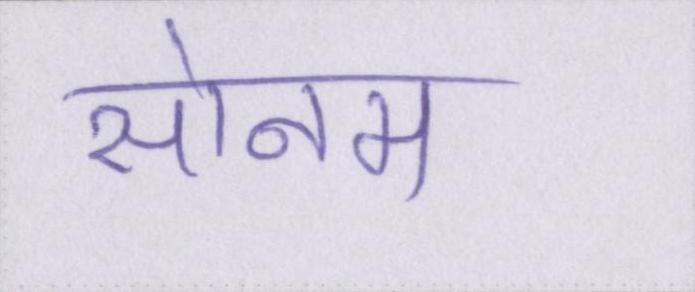
सोनम